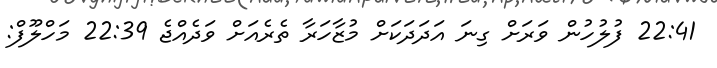
22:41 ފުލުހުން ވަރަށް ގިނަ އަދަދަކަށް މުޒާހަރާ ތެރެއަށް ވަދެއްޖެ 22:39 މަހްލޫފް: